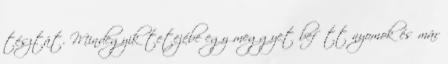
tésztát. Mindegyik tetejébe egy meggyet befőtt nyomok és már